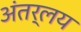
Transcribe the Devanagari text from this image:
अंतर्लय